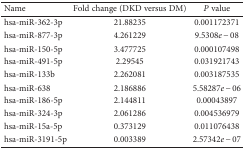
| Name | Fold change (DKD versus DM) | P value |
 | --- | --- | --- |
 | hsa-miR-362-3p | 21.88235 | 0.001172371 |
 | hsa-miR-877-3p | 4.261229 | 9.5308e − 08 |
 | hsa-miR-150-5p | 3.477725 | 0.000107498 |
 | hsa-miR-491-5p | 2.29545 | 0.031921743 |
 | hsa-miR-133b | 2.262081 | 0.003187535 |
 | hsa-miR-638 | 2.186886 | 5.58287e − 06 |
 | hsa-miR-186-5p | 2.144811 | 0.00043897 |
 | hsa-miR-324-3p | 2.061286 | 0.004536979 |
 | hsa-miR-15a-5p | 0.373129 | 0.011076438 |
 | hsa-miR-3191-5p | 0.003389 | 2.57342e − 07 |